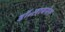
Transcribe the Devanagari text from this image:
डॉ॰लायनेल